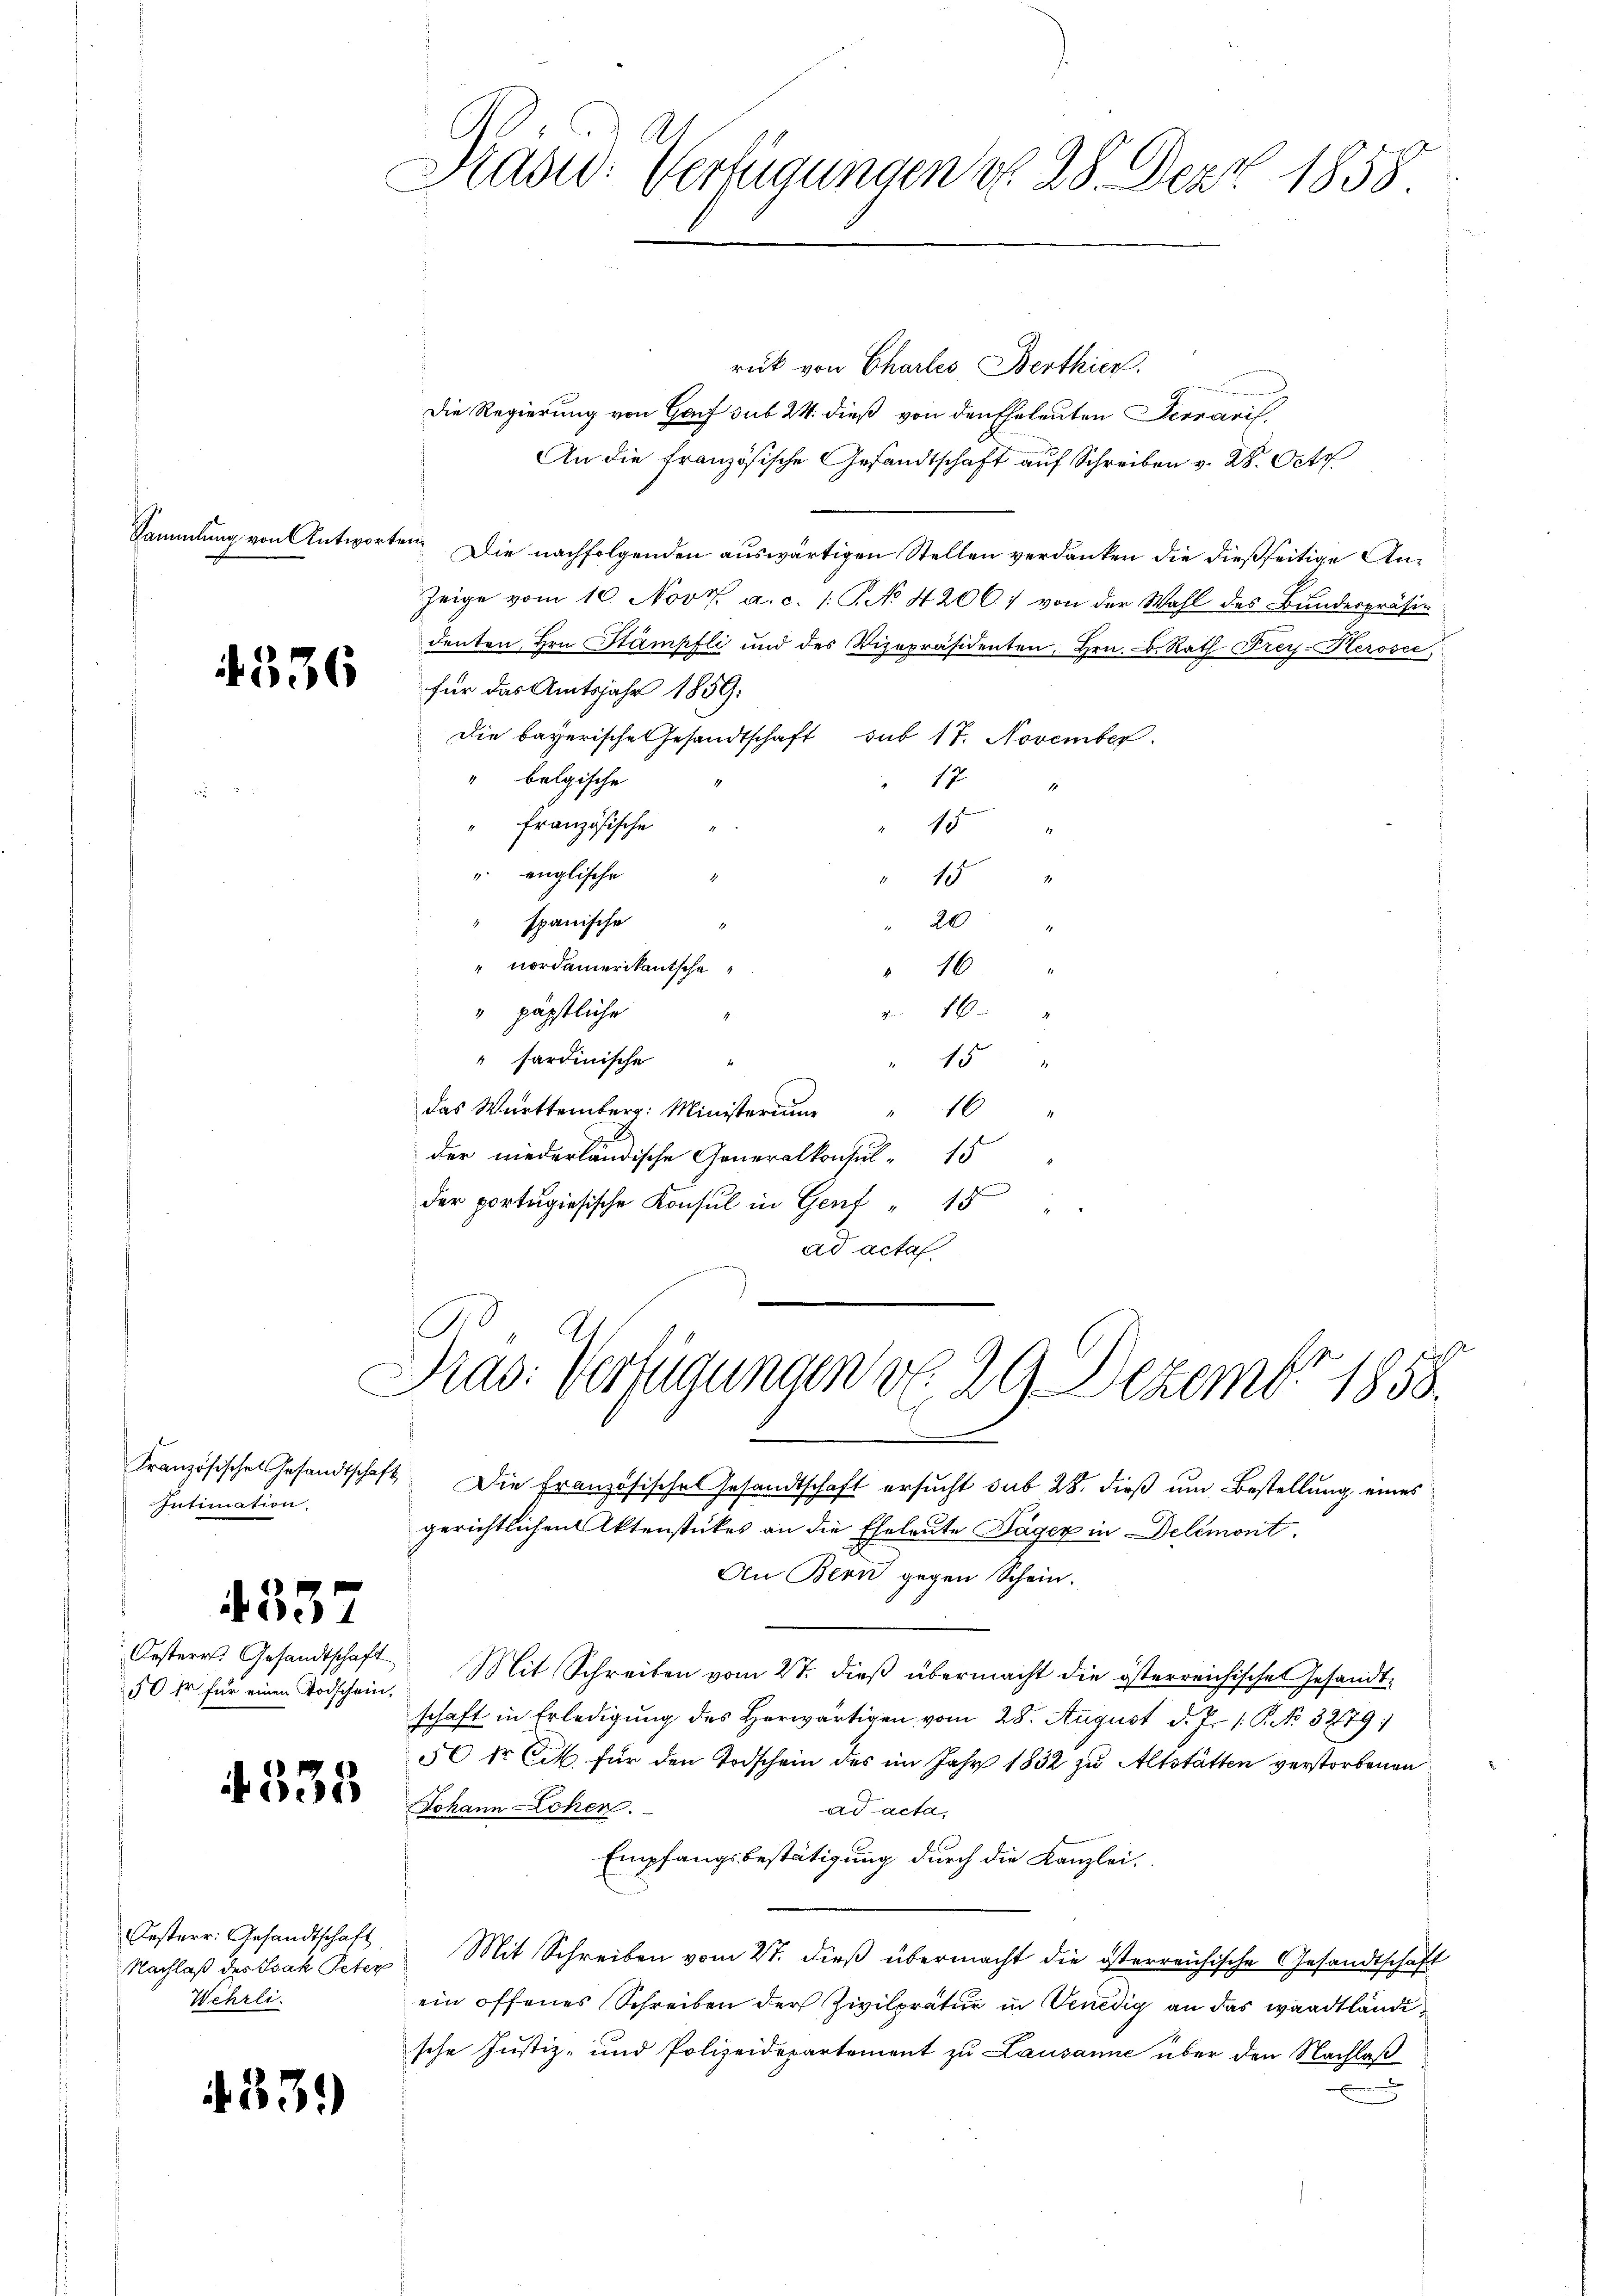
Sammlung von Antworten,

rück von Chartes Berthien.
Die Regierung von Genf sub 24. dieß von den Eheleuten Terraris,
An die französische Gesandtschaft auf Schreiben v. 28. Oct
Die nachfolgenden auswärtigen Stellen verdanken die dießseitige An¬
Zeige vom 10. Nov. a. c. 1. No 4200) von der Wahl des Bundespräsi
denten, Hrn. Stämpfli und des Vizepräsidenten, Hrn. F. Rath Frey-Kerosce
Nr. 203 für das Amtsjahr 1859.
Die bayerische Gesandtschaft sub 17. November
" belgische
17
1
französische
i
" englische
d
15
20
spanische
" nordamerikantsche
" 16 "
" päpstliche
46
sardinische
15
16
das Württemberg: Ministerium
der niederländische Generalkonsul-15
der portagiesische Konsul in Genf 15
ad acta
Pras: Verfügungen v. 29. Dezember 1858.

Intimation.
4337
Oesterr. Gesandtschaft

Oesterr. Gesandtschaft
Wehrli

4.33.)

Kasu: Verfügungen d. 28. Dez. 1858.

.

Französischen Gesandtschaft Die Französische Gesandtschaft ersucht sub 28. dieß um Bestellung eines
gerichtlichen Aktenstückes an die Eheleute Lager in Delémont.
An Bern gegen Schein.
50 fr für einen Todschein. Mit Schreiben vom 27. dieβ übermacht die österreichische Gesandt-
schaft in Erledigung des Herwärtigen vom 28. August d. J. P. No. 32679
50 kr. Cik für den Todschein des im Jahr 1832 zu Altstätten verstorbenen
A. 338 Bekann Lehen.
ad acta,
Empfangsbestätigung durch die Kanzlei.
Nachlaß des Isak Peter Mit Schreiben vom 27. dieß übermacht die österreichische Gesandtschaft
ein offenes Schreiben der Zivilprätur in Venedig an das waadtländische Justiz- und Polizeidepartement zu Lausanne über den Nachlaß
u